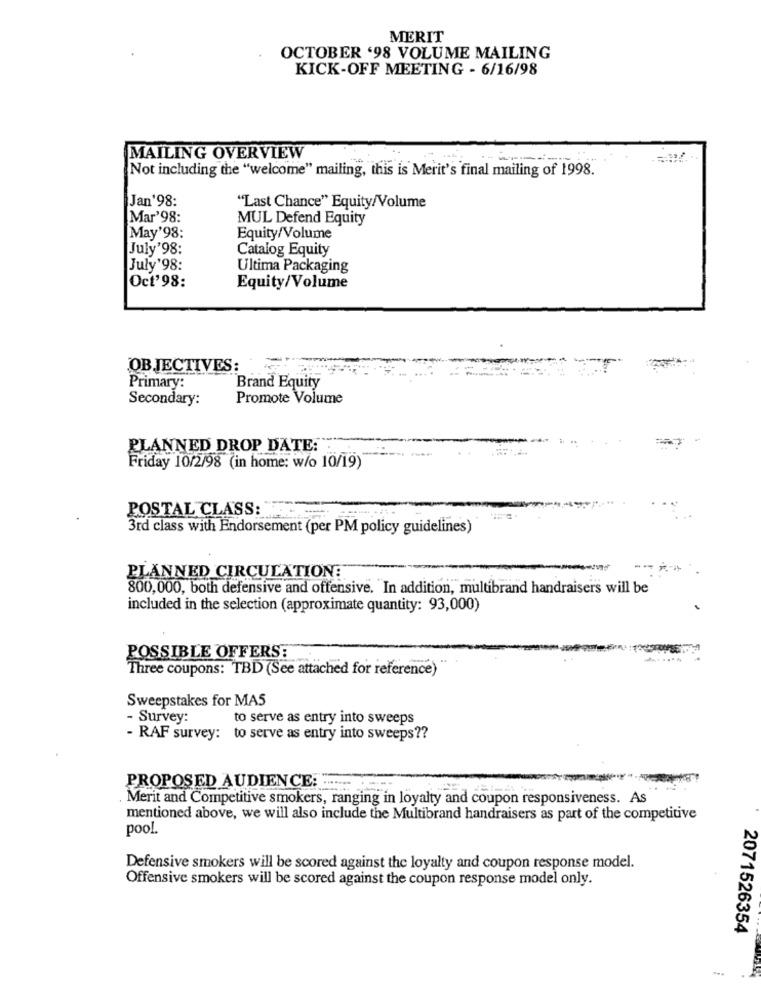
MERIT
OCTOBER '98 VOLUME MAILING
KICK-OFF MEETING - 6/16/98
MAILING OVERVIEW
Not including the "welcome" mailing, this is Merit's final mailing of 1998.
Jan'98:
"Last Chance" Equity/Volume
Mar'98:
MUL Defend Equity
May'98:
Equity/Volume
July'98:
Catalog Equity
July'98:
Ultima Packaging
Oct'98:
Equity/Volume
OBJECTIVES:
Primary:
Brand Equity
Secondary:
Promote Volume
PLANNED DROP DATE:"
Friday 10/2/98 (in home: w/o 10/19)
POSTAL CLASS:
3rd class with Endorsement (per PM policy guidelines)
PLANNED CIRCULATIONE
800,000, both defensive and offensive. "In addition, multibrand handraisers will be
included in the selection (approximate quantity: 93,000)
POSSIBLE OFFERS:
Three coupons: TBD (See attached for reference)
Sweepstakes for MAS
- Survey:
to serve as entry into sweeps
- RAF survey: to serve as entry into sweeps ??
PROPOSED AUDIENCE: .......
Merit and Competitive smokers, ranging in loyalty and coupon responsiveness. As
mentioned above, we will also include the Multibrand handraisers as part of the competitive
pool.
Defensive smokers will be scored against the loyalty and coupon response model.
Offensive smokers will be scored against the coupon response model only.
2071526354